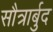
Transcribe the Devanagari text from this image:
सौत्रार्बुद